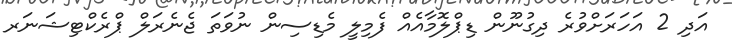
އަދި 2 އަހަރަށްވުރެ ދިގުނޫން ޑިޕްލޮމާއެއް ފެމިލީ މެޑިސިން ނުވަތަ ޖެނެރަލް ޕްރެކްޓިޝަނަރ